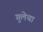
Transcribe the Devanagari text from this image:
गुलेचा